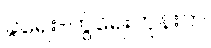
ခွဲရေး-တွဲရေးတုန်းက